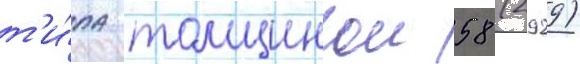
т'и́па толщинои 58 (2929)